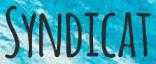
SYNDICAT